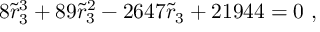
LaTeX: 8 { \tilde { r } } _ { 3 } ^ { 3 } + 8 9 { \tilde { r } } _ { 3 } ^ { 2 } - 2 6 4 7 { \tilde { r } } _ { 3 } + 2 1 9 4 4 = 0 \ ,